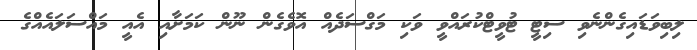
ލިބިވަޑައިގެންނެވި ސިޓީ ޓުވީޓްކުރައްވީ ވަކި މަގްސަދެއް އޮވެގެން ނޫން ކަމަށާއި އެއީ މައްސަލައެއްގެ